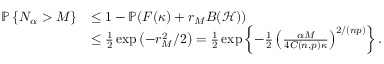
\begin{array} { r l } { \mathbb { P } \left\{ N _ { \alpha } > M \right\} } & { \leq 1 - \mathbb { P } ( F ( \kappa ) + r _ { M } B ( \mathcal { H } ) ) } \\ & { \leq \frac { 1 } { 2 } \exp \left( - r _ { M } ^ { 2 } / 2 \right) = \frac { 1 } { 2 } \exp \left\{ - \frac { 1 } { 2 } \left( \frac { \alpha M } { 4 C ( n , p ) \kappa } \right) ^ { 2 / ( n p ) } \right\} . } \end{array}